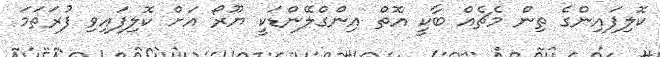
ކޮލިފައިންގެ ތިން މެޗެއް ބާކީ އޮތް އިންގްލޭންޑަކީ ޔޫރޯ އަށް ކޮލިފައިވި ފުރަތަމަ